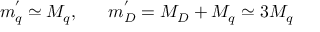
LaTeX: m _ { q } ^ { ' } \simeq M _ { q } , ~ ~ ~ ~ ~ m _ { D } ^ { ' } = M _ { D } + M _ { q } \simeq 3 M _ { q }